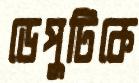
ডেপুটিকে